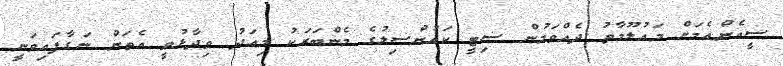
ސީއެންއެމަށް މައުލޫމާތު ދެއްވަމުން ސިޓީ ކައުންސިލުގެ މެންބަރަކު މިއަދު ވިދާޅުވީ އެތަން ނަގާފައިވަނީ